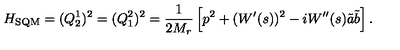
H _ { \mathrm { S Q M } } = ( Q _ { 2 } ^ { 1 } ) ^ { 2 } = ( Q _ { 1 } ^ { 2 } ) ^ { 2 } = \frac { 1 } { 2 M _ { r } } \left[ p ^ { 2 } + ( W ^ { \prime } ( s ) ) ^ { 2 } - i W ^ { \prime \prime } ( s ) \tilde { a } \tilde { b } \right] .